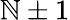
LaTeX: \mathbb{N}\pm1